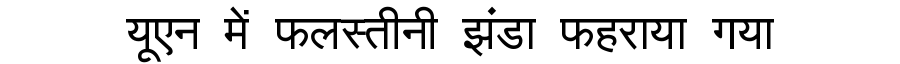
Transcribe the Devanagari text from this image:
यूएन में फलस्तीनी झंडा फहराया गया